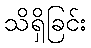
သိရှိခြင်း